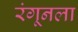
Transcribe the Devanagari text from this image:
रंगूनला